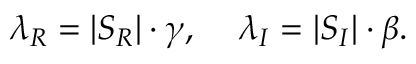
\lambda _ { R } = | S _ { R } | \cdot \gamma , \; \; \; \; \lambda _ { I } = | S _ { I } | \cdot \beta .